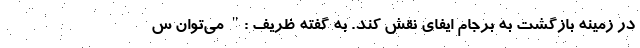
در زمینه بازگشت به برجام ایفای نقش کند. به گفته ظریف :" می‌توان س